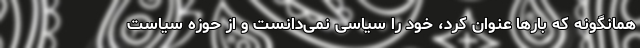
همانگونه که بارها عنوان کرد، خود را سیاسی نمی‌دانست و از حوزه سیاست